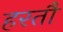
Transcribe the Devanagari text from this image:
हरतौ